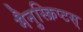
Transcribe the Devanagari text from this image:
मैनुस्क्रिप्टस्‌